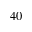
4 0